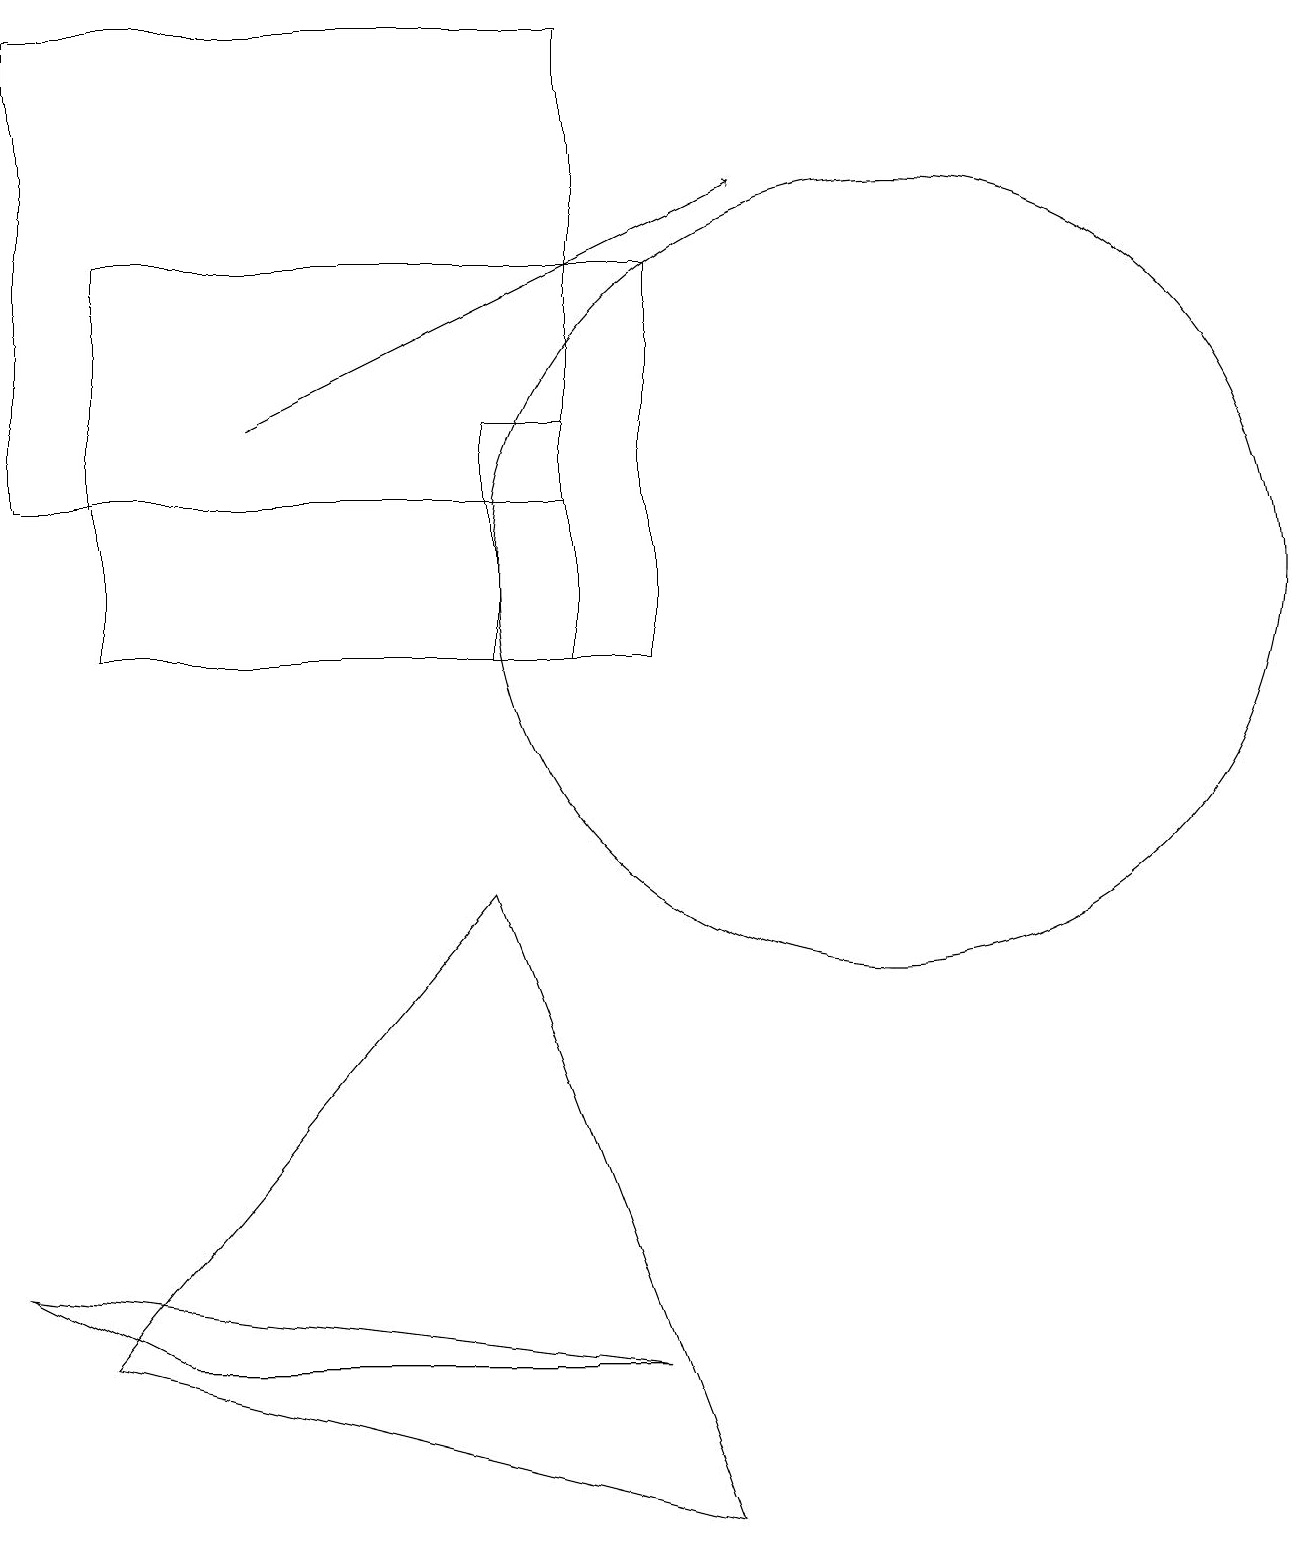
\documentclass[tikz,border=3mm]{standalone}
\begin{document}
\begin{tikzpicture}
\draw (1,16) rectangle (8,11);
\draw (0,19) rectangle (7,13);
\draw (11,12) circle (5);
\draw[->] (3,14) -- (9,17);
\draw (6,11) rectangle (7,14);
\draw (8,2) -- (2,2) -- (0,3) -- cycle;
\draw (9,0) -- (1,2) -- (6,8) -- cycle;
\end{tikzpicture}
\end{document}